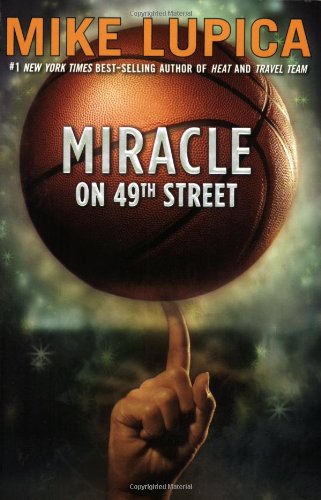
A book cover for Miracle on 49th Street; Mike Lupica; Children's Books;